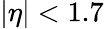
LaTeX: |\eta|<1.7